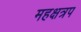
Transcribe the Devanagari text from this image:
महक्षत्रप